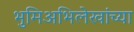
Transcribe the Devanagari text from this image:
भुमिअभिलेखांच्या